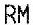
RM